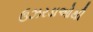
ઉઝરડાઓથી